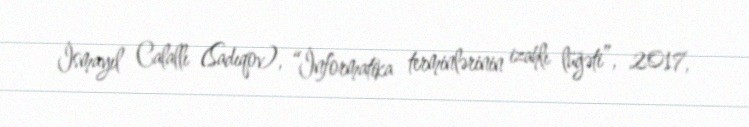
İsmayıl Calallı (Sadıqov), “İnformatika terminlərinin izahlı lüğəti”, 2017,